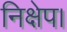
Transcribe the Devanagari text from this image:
निक्षेप।